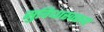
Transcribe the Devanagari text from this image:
सुविधास्वरूप